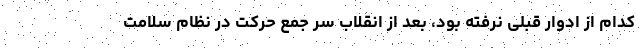
کدام از ادوار قبلی نرفته بود، بعد از انقلاب سر جمع حرکت در نظام سلامت